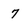
Character: 7